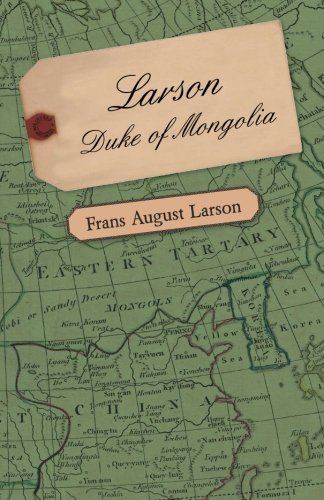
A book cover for Larson - Duke of Mongolia; Frans August Larson; Travel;